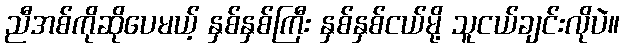
ညီအစ်ကိုဆိုပေမယ့် နှစ်နှစ်ကြီး နှစ်နှစ်ငယ်မို့ သူငယ်ချင်းလိုပဲ။